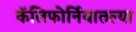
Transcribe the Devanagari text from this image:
कॅलिफोर्नियातल्या